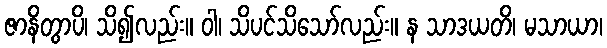
ဇာနိတွာပိ၊ သိ၍လည်း။ ဝါ၊ သိပင်သိသော်လည်း။ န သာဒယတိ၊ မသာယာ၊